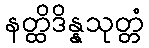
နတ္ထိဒိန္နသုတ္တံ